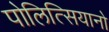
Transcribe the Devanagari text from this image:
पोलित्सियानो